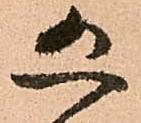
恐